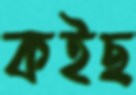
কইছ